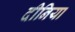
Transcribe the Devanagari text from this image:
दीनिया